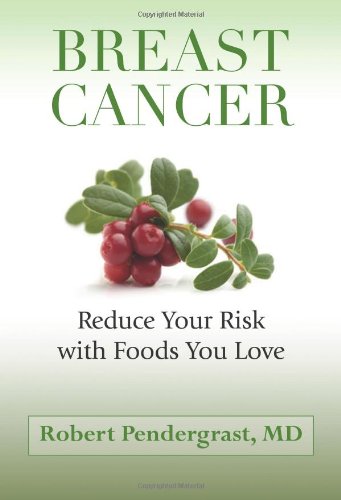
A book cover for Breast Cancer: Reduce Your Risk with Foods You Love; Robert Pendergrast M.D.; Health, Fitness & Dieting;